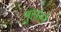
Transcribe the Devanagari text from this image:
मुलरने